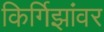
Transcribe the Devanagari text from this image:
किर्गिझांवर